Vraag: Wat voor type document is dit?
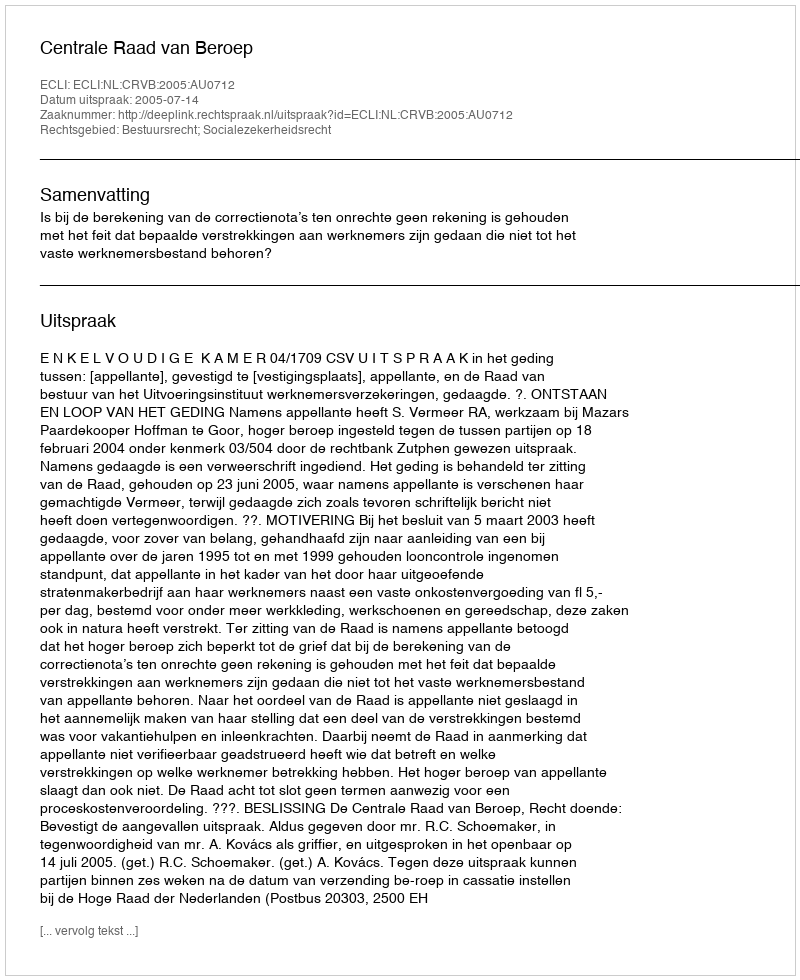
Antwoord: Uitspraak